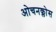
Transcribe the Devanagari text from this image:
ओचनक्लोस